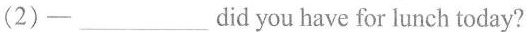
(2)-___did you have for lunch today?